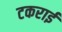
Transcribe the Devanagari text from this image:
टकराईं